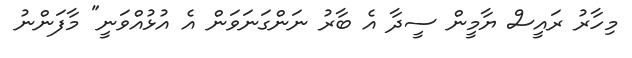
މިހާރު ރައީސް ޔާމީން ސީދާ އެ ބާރު ނަންގަނަވަން އެ އުޅުއްވަނީ" މާފަންނު